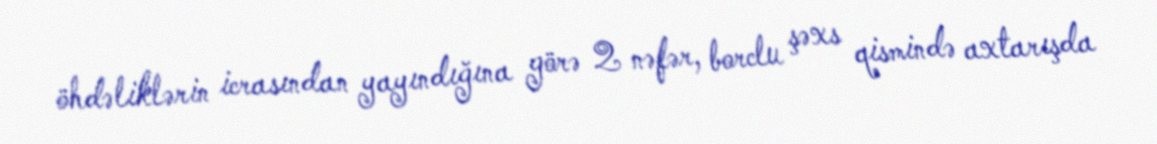
öhdəliklərin icrasından yayındığına görə 2 nəfər, borclu şəxs qismində axtarışda